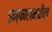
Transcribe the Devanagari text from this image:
इम्फालमधील